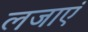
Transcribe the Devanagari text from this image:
लजाएं